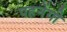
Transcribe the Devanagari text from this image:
पहनेंगी